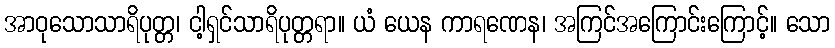
အာဝုသောသာရိပုတ္တ၊ ငါ့ရှင်သာရိပုတ္တရာ။ ယံ ယေန ကာရဏေန၊ အကြင်အကြောင်းကြောင့်။ သော